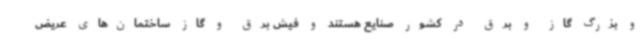
و بزرگ گاز و برق در کشور صنایع هستند و فیش برق و گاز ساختمان‌های عریض